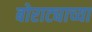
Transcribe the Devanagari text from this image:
बोराट्याच्या